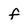
Character: f